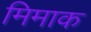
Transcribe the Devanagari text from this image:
मिमाक